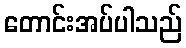
တောင်းအပ်ပါသည်